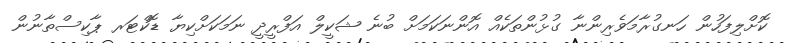
ކޮށްލިފަހުން ހަނގުރާމަވެރިންނާ ގުޅުންތަކެއް އޮންނަކަމަށް ބުނެ ޝަކީލް އަފްރީދީ ނަމަކަށްކިޔާ ޑޮކްޓަރ ޕާކިސްތާނުން